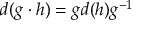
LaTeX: d ( g \cdot h ) = g d ( h ) g ^ { - 1 }